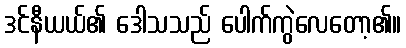
ဒင်နီယယ်၏ ဒေါသသည် ပေါက်ကွဲလေတော့၏။